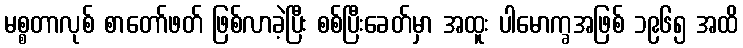
မစ္စတာလုစ် စာတော်ဖတ် ဖြစ်လာခဲ့ပြီး စစ်ပြီးခေတ်မှာ အထူး ပါမောက္ခအဖြစ် ၁၉၆၅ အထိ